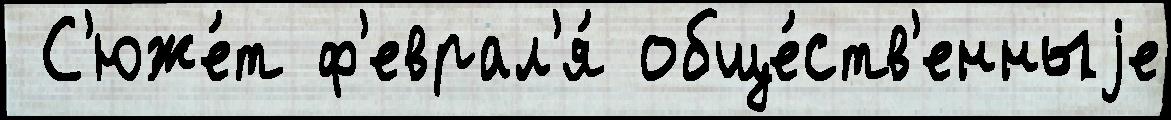
 С'юже́т ф'еврал'я́ обще́ств'енныjе